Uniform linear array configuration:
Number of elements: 64
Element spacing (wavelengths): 0.5
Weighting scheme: hamming
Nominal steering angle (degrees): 60
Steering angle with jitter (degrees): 61.106
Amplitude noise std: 0.05
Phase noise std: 0.05

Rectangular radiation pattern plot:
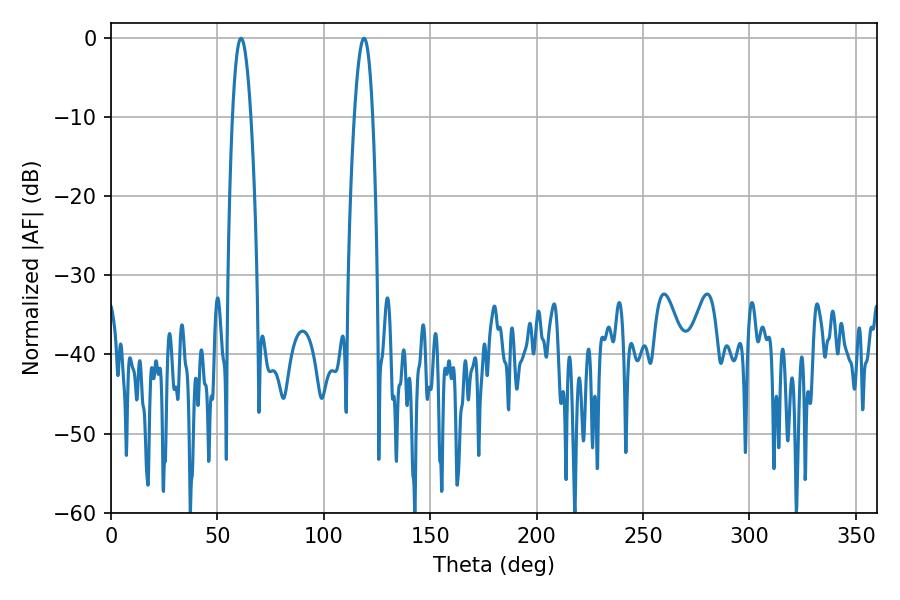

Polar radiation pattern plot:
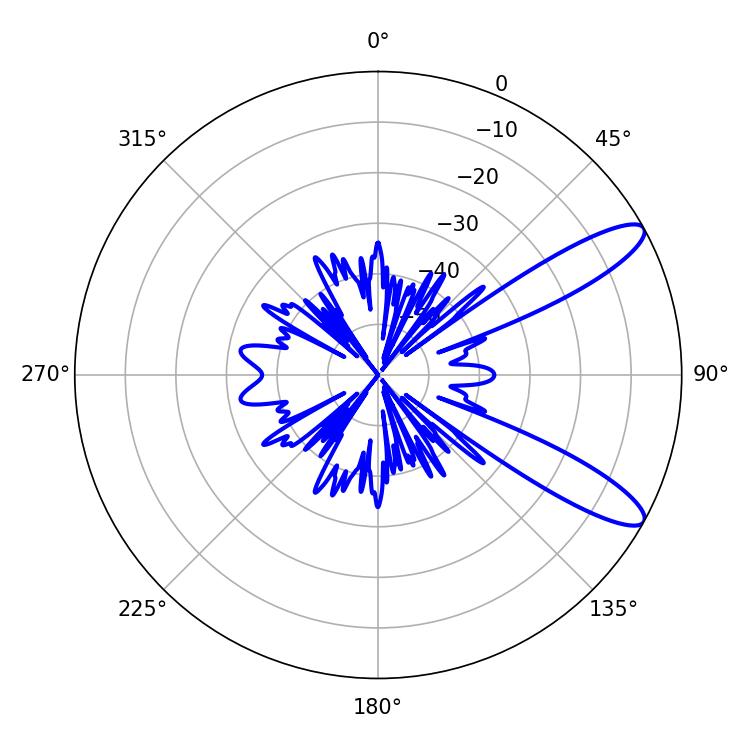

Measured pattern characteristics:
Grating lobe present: FALSE
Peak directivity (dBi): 11.043
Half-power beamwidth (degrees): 4.68
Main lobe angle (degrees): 61.02